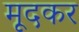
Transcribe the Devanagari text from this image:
मूदकर